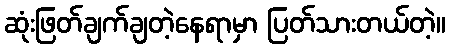
ဆုံးဖြတ်ချက်ချတဲ့နေရာမှာ ပြတ်သားတယ်တဲ့။